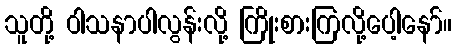
သူတို့ ဝါသနာပါလွန်းလို့ ကြိုးစားကြလို့ပေါ့နော်။